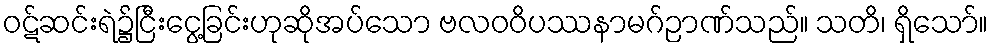
ဝဋ်ဆင်းရဲ၌ငြီးငွေ့ခြင်းဟုဆိုအပ်သော ဗလဝဝိပဿနာမဂ်ဉာဏ်သည်။ သတိ၊ ရှိသော်။